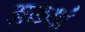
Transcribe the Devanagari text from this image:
अख्खं